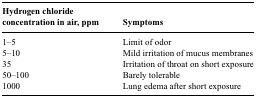
<table><thead><tr><td><b>Hydrogen chloride concentration in air, ppm</b></td><td><b>Symptoms</b></td></tr></thead><tbody><tr><td>1–5</td><td>Limit of odor</td></tr><tr><td>5–10</td><td>Mild irritation of mucus membranes</td></tr><tr><td>35</td><td>Irritation of throat on short exposure</td></tr><tr><td>50–100</td><td>Barely tolerable</td></tr><tr><td>1000</td><td>Lung edema after short exposure</td></tr></tbody></table>